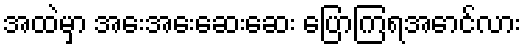
အထဲမှာ အေးအေးဆေးဆေး ပြောကြရအောင်လား